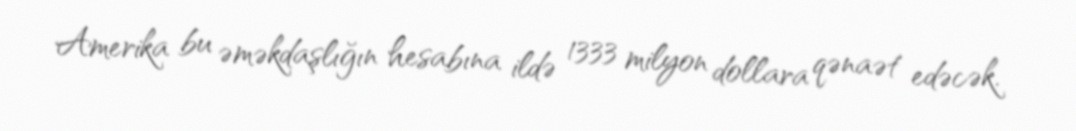
Amerika bu əməkdaşlığın hesabına ildə 1333 milyon dollara qənaət edəcək.